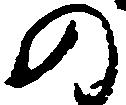
の